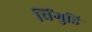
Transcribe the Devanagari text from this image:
चिंगुडि